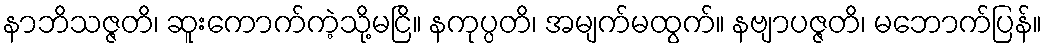
နာဘိသဇ္ဇတိ၊ ဆူးကောက်ကဲ့သို့မငြိ။ နကုပ္ပတိ၊ အမျက်မထွက်။ နဗျာပဇ္ဇတိ၊ မဘောက်ပြန်။